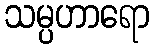
သမ္ပဟာရော